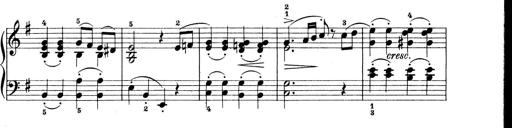
Title: Preis-Sonatine
Composer: Ernst James Bremner